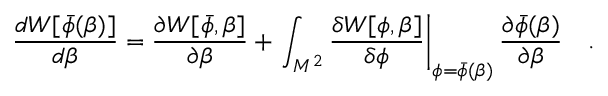
{ \frac { d W [ \bar { \phi } ( \beta ) ] } { d \beta } } = { \frac { \partial W [ \bar { \phi } , \beta ] } { \partial \beta } } + \left. \int _ { M ^ { 2 } } { \frac { \delta W [ \phi , \beta ] } { \delta \phi } } \right| _ { \phi = \bar { \phi } ( \beta ) } { \frac { \partial \bar { \phi } ( \beta ) } { \partial \beta } } ~ ~ ~ .